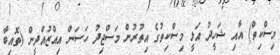
މިސްކިތް) އާއި ޝަހީދު އަލީ މިސްކިތުގެ އިތުރުން މަސްޖިދު ހަސަން އިއްޒުއްދީން (ތޮއިބާ